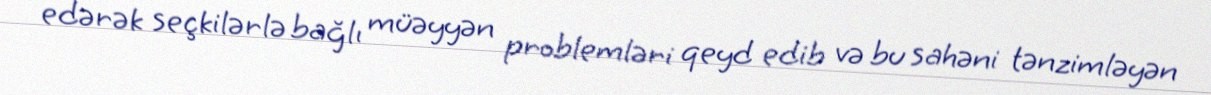
edərək seçkilərlə bağlı müəyyən problemləri qeyd edib və bu sahəni tənzimləyən